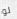
لو